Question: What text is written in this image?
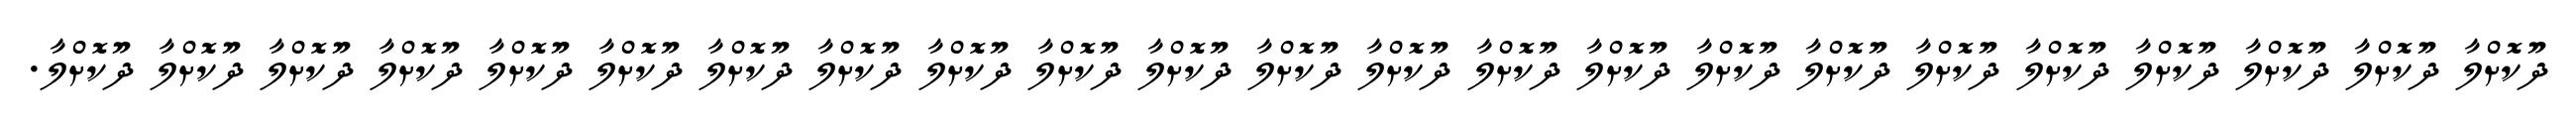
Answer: ދޫކޮށްލާ ދޫކޮށްލާ ދޫކޮށްލާ ދޫކޮށްލާ ދޫކޮށްލާ ދޫކޮށްލާ ދޫކޮށްލާ ދޫކޮށްލާ ދޫކޮށްލާ ދޫކޮށްލާ ދޫކޮށްލާ ދޫކޮށްލާ ދޫކޮށްލާ ދޫކޮށްލާ ދޫކޮށްލާ ދޫކޮށްލާ ދޫކޮށްލާ ދޫކޮށްލާ ދޫކޮށްލާ ދޫކޮށްލާ ދޫކޮށްލާ ދޫކޮށްލާ ދޫކޮށްލާ.